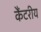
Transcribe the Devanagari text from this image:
कैंटरीय